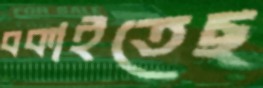
বকাইতেছ